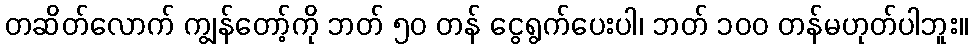
တဆိတ်လောက် ကျွန်တော့်ကို ဘတ် ၅၀ တန် ငွေရွက်ပေးပါ၊ ဘတ် ၁၀၀ တန်မဟုတ်ပါဘူး။